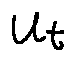
u _ { t }